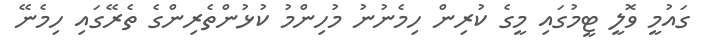
ގައުމީ ވޮލީ ޓީމުގައި މީގެ ކުރިން ހިމެނުނު މުހިންމު ކުޅުންތެރިންގެ ތެރޭގައި ހިމެނޭ